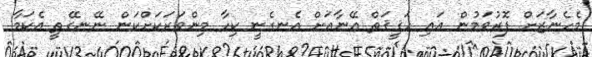
މެހެނާޒަށް ފޮރުވަމުން އައި ހަޤީޤަތް އޭނާއަށް އެނގެނީ ކިހާ މިންވަރަކަށްކަން ނޭނގޭތީ އެކަމާ